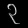
Digit: ၃